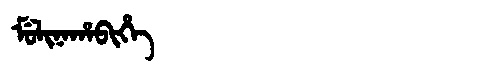
Manchu: ᠮᡠᠯᡳᠨᠠᡥᠠᠪᡳᡥᡝ
Romanization: MULINAHABIHE